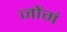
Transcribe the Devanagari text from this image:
जोंगं